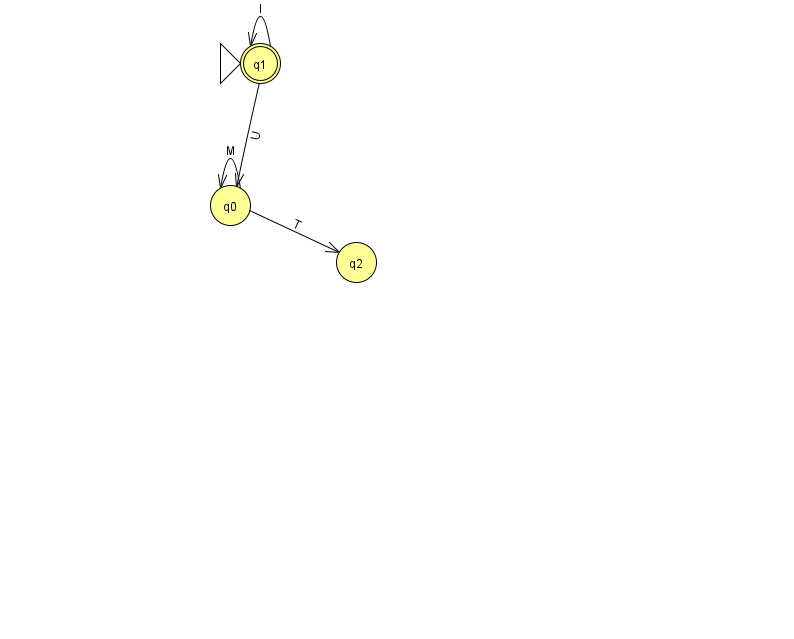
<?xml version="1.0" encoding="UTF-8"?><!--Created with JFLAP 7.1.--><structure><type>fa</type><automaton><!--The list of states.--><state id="0" name="q0"><x>230.0</x><y>192.0</y></state><state id="1" name="q1"><x>260.0</x><y>50.0</y><initial/><final/></state><state id="2" name="q2"><x>356.0</x><y>249.0</y></state><!--The list of transitions.--><transition><from>0</from><to>2</to><read>T</read></transition><transition><from>1</from><to>0</to><read>U</read></transition><transition><from>1</from><to>1</to><read>l</read></transition><transition><from>0</from><to>0</to><read>M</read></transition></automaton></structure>